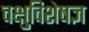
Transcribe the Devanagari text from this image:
चक्षुविशेषज्ञ